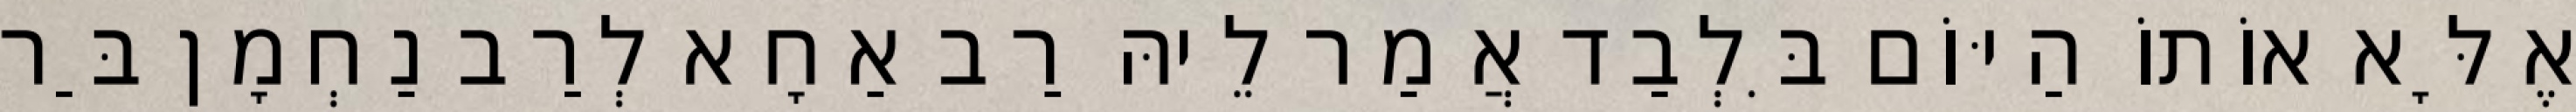
אֶלָּא אוֹתוֹ הַיּוֹם בִּלְבַד אֲמַר לֵיהּ רַב אַחָא לְרַב נַחְמָן בַּר